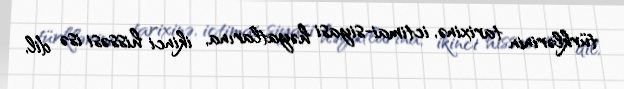
türklərinin tarixinə, ictimai-siyasi həyatlarına, ikinci hissəsi isə dil,